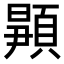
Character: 𬱉